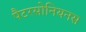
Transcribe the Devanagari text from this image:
पैटरसोनियनस